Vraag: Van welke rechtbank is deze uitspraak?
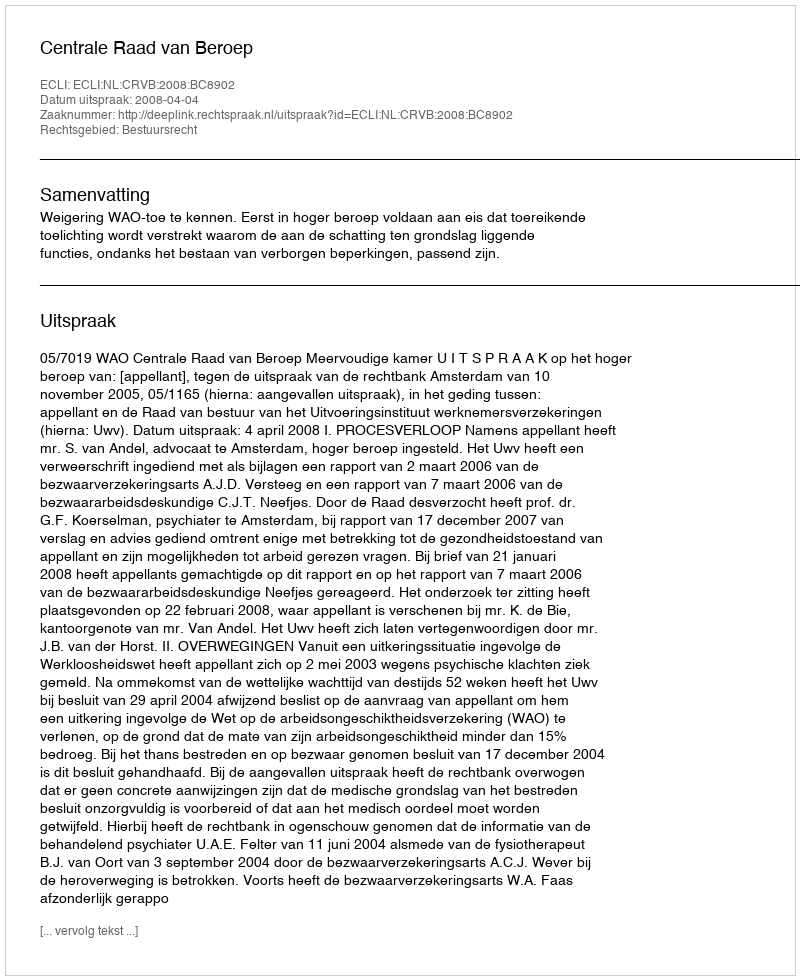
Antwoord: Centrale Raad van Beroep